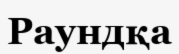
Раундқа